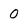
Character: 0